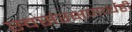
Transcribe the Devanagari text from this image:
स्वसंरक्षणार्थही